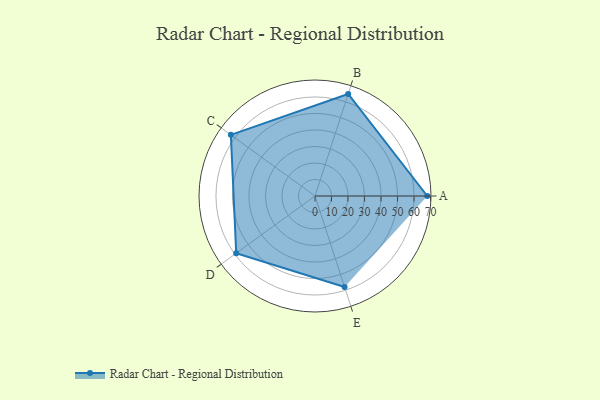
{"axis": {"x": "Skill", "y": "Score"}, "legend": ["Profile"], "data": [{"x": "A", "y": 68.0, "type": "Profile"}, {"x": "B", "y": 65.0, "type": "Profile"}, {"x": "C", "y": 63.0, "type": "Profile"}, {"x": "D", "y": 59.0, "type": "Profile"}, {"x": "E", "y": 58.0, "type": "Profile"}]}